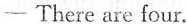
—There are four.